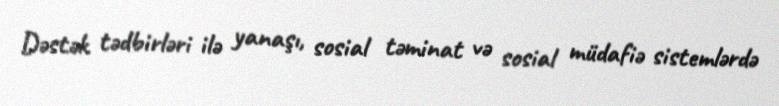
Dəstək tədbirləri ilə yanaşı, sosial təminat və sosial müdafiə sistemlərdə